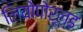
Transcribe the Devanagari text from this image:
लियोपोर्ल्ड